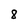
Character: 8